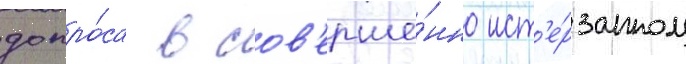
допро́са в сов'ерше́нно ист'е́рзанном